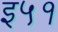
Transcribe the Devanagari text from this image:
इ५१